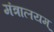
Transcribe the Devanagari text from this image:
मंत्रालयम्